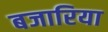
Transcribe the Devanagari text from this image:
बजारिया